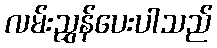
လမ်းညွှန်ပေးပါသည်